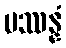
ပဿန္နံ